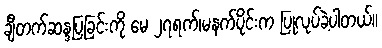
ချီတက်ဆန္ဒပြခြင်းကို မေ ၂၇ရက်၊မနက်ပိုင်းက ပြုလုပ်ခဲ့ပါတယ်။